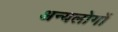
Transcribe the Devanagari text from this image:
अन्यलोगों